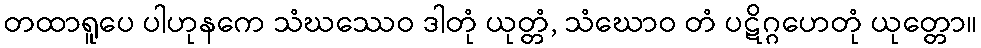
တထာရူပေ ပါဟုနကေ သံဃဿေဝ ဒါတုံ ယုတ္တံ, သံဃောဝ တံ ပဋိဂ္ဂဟေတုံ ယုတ္တော။